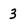
Character: 3